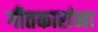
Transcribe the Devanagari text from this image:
गीतकारांना